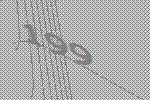
199